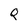
Character: Q